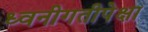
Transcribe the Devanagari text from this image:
ध्वनीगतीपेक्षा